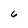
Character: 6